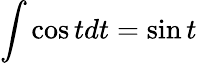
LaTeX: \int\cos tdt=\sin t